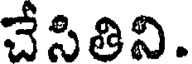
చేసితిని.